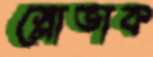
স্লোভাক